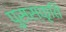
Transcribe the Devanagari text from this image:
पुसस्कृति